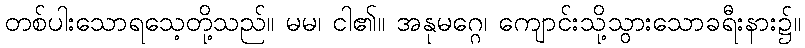
တစ်ပါးသောရသေ့တို့သည်။ မမ၊ ငါ၏။ အနုမဂ္ဂေ၊ ကျောင်းသို့သွားသောခရီးနား၌။